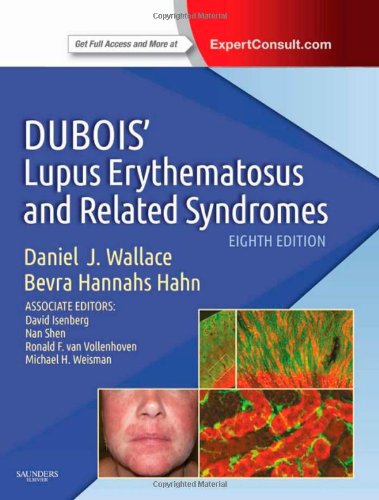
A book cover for Dubois' Lupus Erythematosus and Related Syndromes: Expert Consult - Online and Print, 8e; Daniel Wallace MD  FAAP  FACR; Health, Fitness & Dieting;